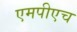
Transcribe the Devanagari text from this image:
एमपीएच